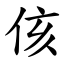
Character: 侅